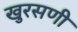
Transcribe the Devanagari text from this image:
खुरसणी